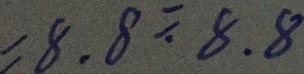
= 8 . 8 \div 8 . 8